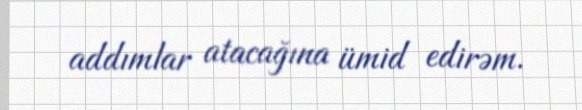
addımlar atacağına ümid edirəm.